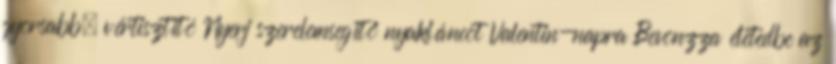
gyorsabb. vértisztító Nyerj szerelemsegítő nyakláncot Valentin-napra Bevonzza életedbe az